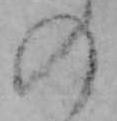
の